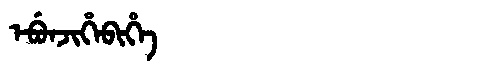
Manchu: ᡝᠪᡠᠨᠵᡳᡥᡝᠪᡳᡥᡝ
Romanization: EBUNJIHEBIHE